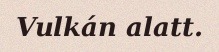
Vulkán alatt.